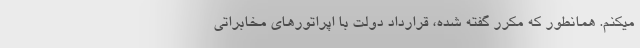
میکنم. همانطور که مکرر گفته شده، قرارداد دولت با اپراتورهای مخابراتی